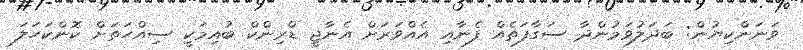
ވަނަންކިޔުން: ބަދަލުވަމުންދާ ސަގާފަތެއް ފެނާއި އެއްވަރަށް އެނާޖީ ޑްރިންކް ބުއިމަކީ ސިއްހަތަށް ކޮންކަހަލަ